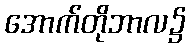
အောက်တိုဘာလ၌